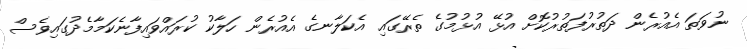
ނުވަތަ އެއުރެން ދަތުރުފަތުރުކޮށް އުޅޭ އުޅުމުގެ ތެރޭގައި އެކަލާނގެ އެއުރެން ހަލާކު ކުރައްވައިފާނެކަމާމެދުގައިވެސް